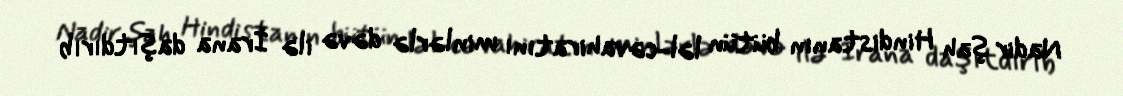
Nadir şah Hindistanın bütün ləl-cəvahiratını minlərlə dəvə ilə İrana daşıtdırıb